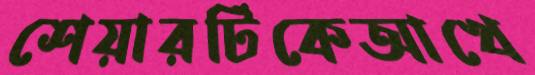
শেয়ারটিকেআখে